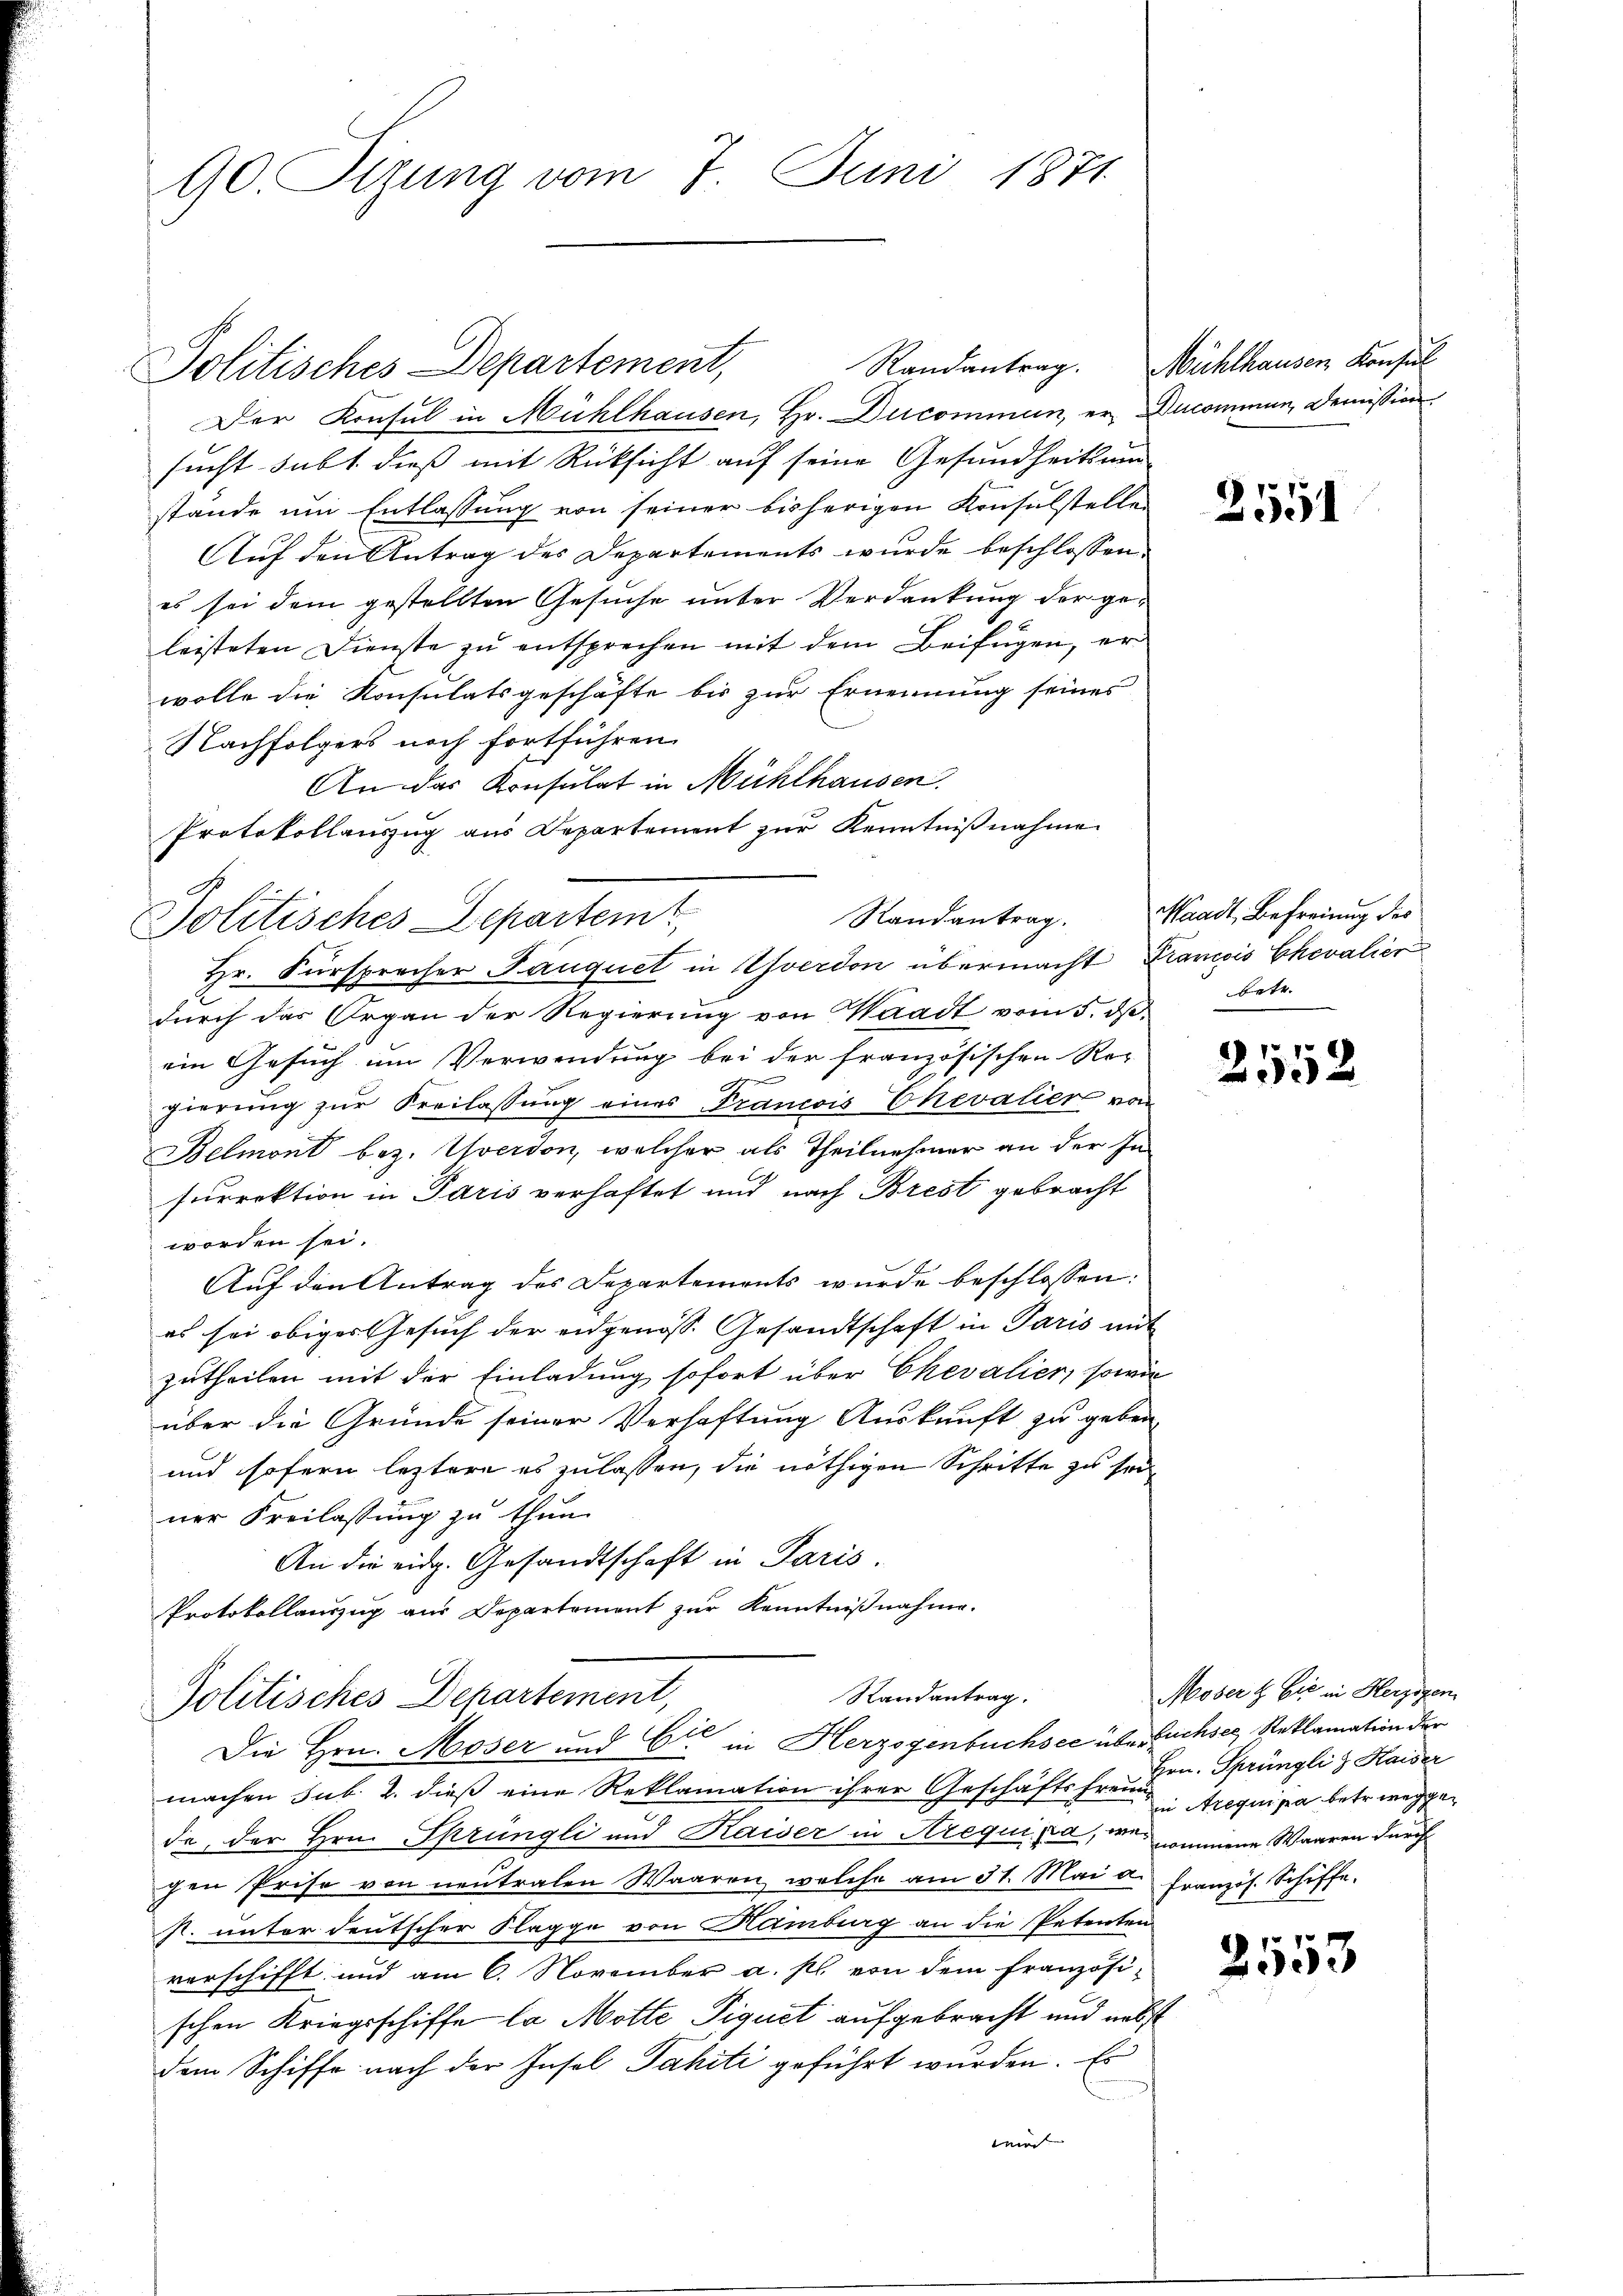
90. Sizung vom 7. Juni 1871

Politisches Departement,
Der Konsul in Mühlhausen, Hr. Ducommun, er Decominum, Demission
sucht subt dieß mit Rücksicht auf seine Gesundheitsun
stände um Entlassung von seiner bisherigen Konsulstellen
Auf den Antrag des Departements wurde beschlossen
es sei dem gestellten Gesuche unter Verdankung der geleisteten Dienste zu entsprechen mit dem Beifügen, er
wolle die Konsulatsgeschäfte bis zur Ernennung seines
Nachfolgers noch fortführen.
An das Konsulat in Mühlhausen.
Protokollauszug aus Departement zur Kenntnißnahme
Politisches Departem
Hr. Fürsprecher Sauquet in Yverdon übermacht Francois Chevalier
durch das Organ der Regierung von Waadt vom 5. dβ.
ein Gesuch um Verwendung bei der französischen Rec
gierung zur Freilassung eines Francois Chevalier von
Belmont bez. Yverdon, welcher als Theilnehmer an der In-
Furrektion in Paris verhaftet und nach Brest gebracht
worden sei.
Auf den Antrag des Departements wurde beschlossen:
es sei obiger Gesuch der eidgenöss. Gesandtschaft in Paris mit
zutheilen mit der Einladung sofort über Chevalier, sowie
über die Gründe seiner Verhaftung Auskunft zu geben
und sofern leztere es zulassen, die nöthigen Schritte zu sorner Freilassung zu thun.
An die eidg. Gesandtschaft in Paris.
Protokollauszug aus Departement zur Kenntnißnahme.

E

Randantrag.
Politisches Departement,
Die Hrn. Moser und Cie in Herzogenbüchsee über ruchsee, Reklamation der

machen sub. 2. dieß eine Reklamation ihrer Geschäftsfreien requisia betr. weggede, der Hrn. Sprüngli und Kaiser in Arequipa, wie nommene Waaren durch
gen Prise von neutralen Waaren, welche am 31. Mai d. Französ. Schiffe.
s. unter deutscher Klagge von Hamburg an die Petenten
verschifft und am 6. November a. p. von dem Französi-
schen Kriegsschiffe la Motte Piquet aufgebracht und nebst
dem Schiffe nach der Insel Jahiti geführt wurden. Es
wird

Randantrag. Mühlhausen Konsul

2551

Randantrag. Waadt, Befreiung des
betr.

2552

Moser & Cie in Herzogen
Hrn. Sprüngli & Kaiser

2553